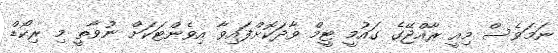
ނަމަވެސް މިއީ ރާއްޖޭގެ ގައުމީ ޓީމް ވާދަކޮށްފައިވާ އިވެންޓަކަށް ނުވާތީ މި ރިކޯޑް